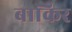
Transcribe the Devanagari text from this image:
बाकिर